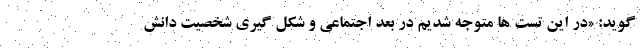
گوید: «در این تست ها متوجه شدیم در بُعد اجتماعی و شکل گیری شخصیت دانش